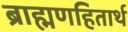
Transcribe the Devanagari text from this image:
ब्राह्मणहितार्थ